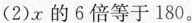
(2)x的6倍等于180。